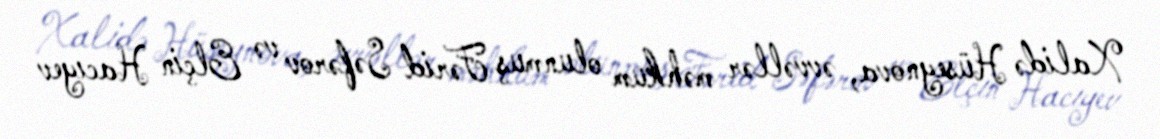
Xalidə Hüseynova, əvvəllər məhkum olunmuş Fərid Səfərov və Elçin Hacıyev